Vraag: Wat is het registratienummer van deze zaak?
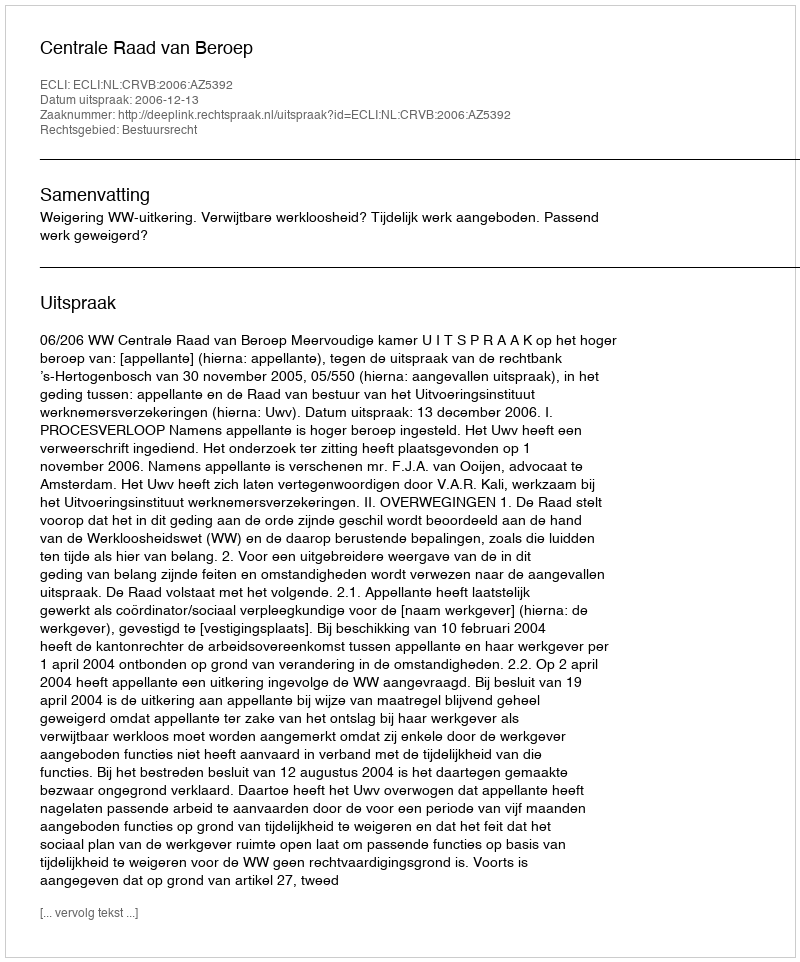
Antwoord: http://deeplink.rechtspraak.nl/uitspraak?id=ECLI:NL:CRVB:2006:AZ5392